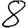
Digit: 8